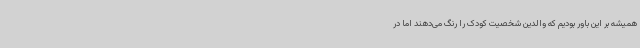
همیشه بر این باور بودیم که والدین شخصیت کودک را رنگ می‌دهند اما در